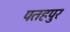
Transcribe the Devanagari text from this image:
पतहपुर